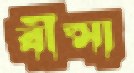
বীপ্সা